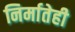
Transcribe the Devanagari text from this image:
निर्मातेही